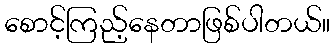
စောင့်ကြည့်နေတာဖြစ်ပါတယ်။